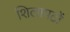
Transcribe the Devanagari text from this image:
शिलापटों